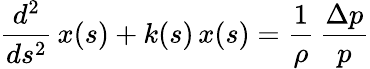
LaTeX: {\frac{d^{2}}{ds^{2}}}\, x(s)+k(s)\, x(s)={\frac{1}{\rho}}\, {\frac{\Delta p}{p}}